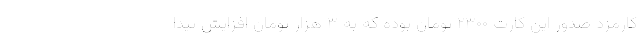
کارمزد صدور این کارت ۲۳۰۰ تومان بوده که به ۳ هزار تومان افزایش پیدا